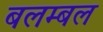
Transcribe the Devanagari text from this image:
बलम्बल